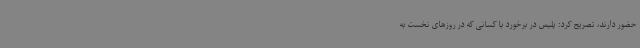
حضور دارند، تصریح کرد: پلیس در برخورد با کسانی که در روزهای نخست به